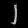
Digit: ၂